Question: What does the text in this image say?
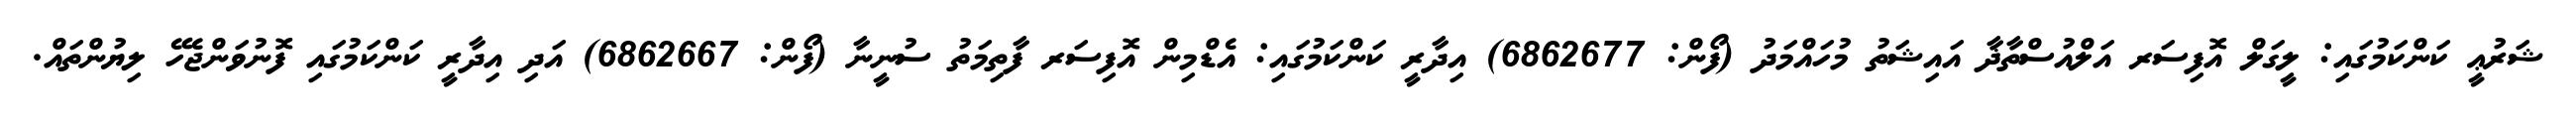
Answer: ޝަރުޢީ ކަންކަމުގައި: ލީގަލް އޮފިސަރ އަލްއުސްތާޛާ އައިޝަތު މުހައްމަދު (ފޯން: 6862677) އިދާރީ ކަންކަމުގައި: އެޑްމިން އޮފިސަރ ފާތިމަތު ސުނީނާ (ފޯން: 6862667) އަދި އިދާރީ ކަންކަމުގައި ފޮނުވަންޖެހޭ ލިޔުންތައް.